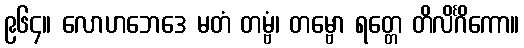
၉၆၄။ လောဟဘေဒေ မတံ တမ္ဗံ၊ တမ္ဗော ရတ္တေ တိလိင်္ဂိကော။